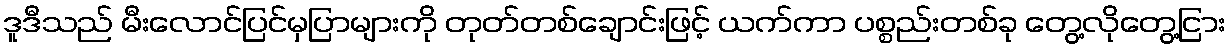
ဒူဒီသည် မီးလောင်ပြင်မှပြာများကို တုတ်တစ်ချောင်းဖြင့် ယက်ကာ ပစ္စည်းတစ်ခု တွေ့လိုတွေ့ငြား